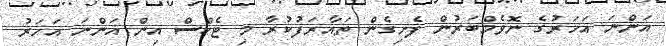
އަންނަ އަހަރުގެ ނޮވެމްބަރުން ފެށިގެން ތައާރަފުކުރާ މި ޓެކްސް އިން އަންނަ އަހަރު